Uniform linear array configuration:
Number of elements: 48
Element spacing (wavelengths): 0.5
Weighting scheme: uniform
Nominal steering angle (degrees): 0
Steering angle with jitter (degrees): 0.2597
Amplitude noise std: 0.05
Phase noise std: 0.05

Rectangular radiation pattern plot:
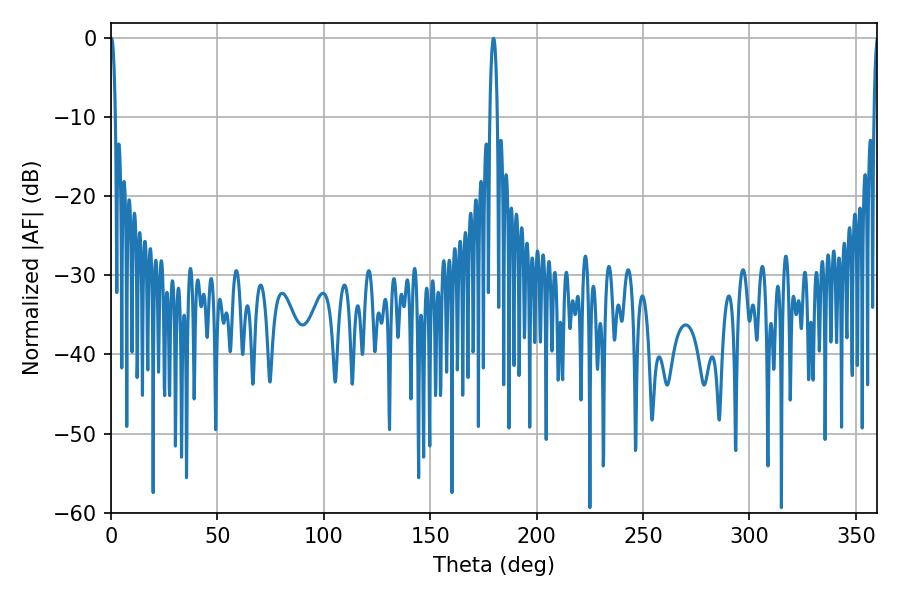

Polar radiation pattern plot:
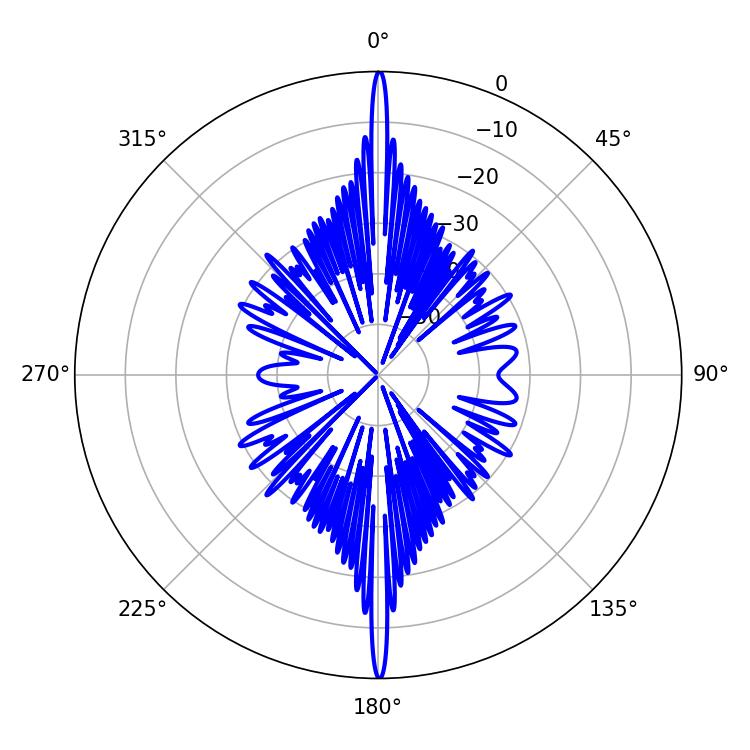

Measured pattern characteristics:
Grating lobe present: FALSE
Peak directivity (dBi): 36.979
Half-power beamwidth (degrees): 1.26
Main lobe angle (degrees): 0.18